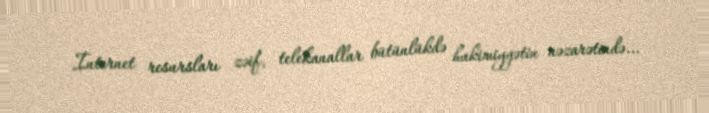
İnternet resursları zəif, telekanallar bütünlükdə hakimiyyətin nəzarətində...